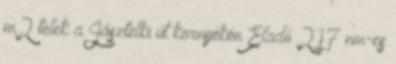
m2 telek a Jásztelki út környékén Eladó 217 nm-es